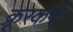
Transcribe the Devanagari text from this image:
क्रूरकर्मे